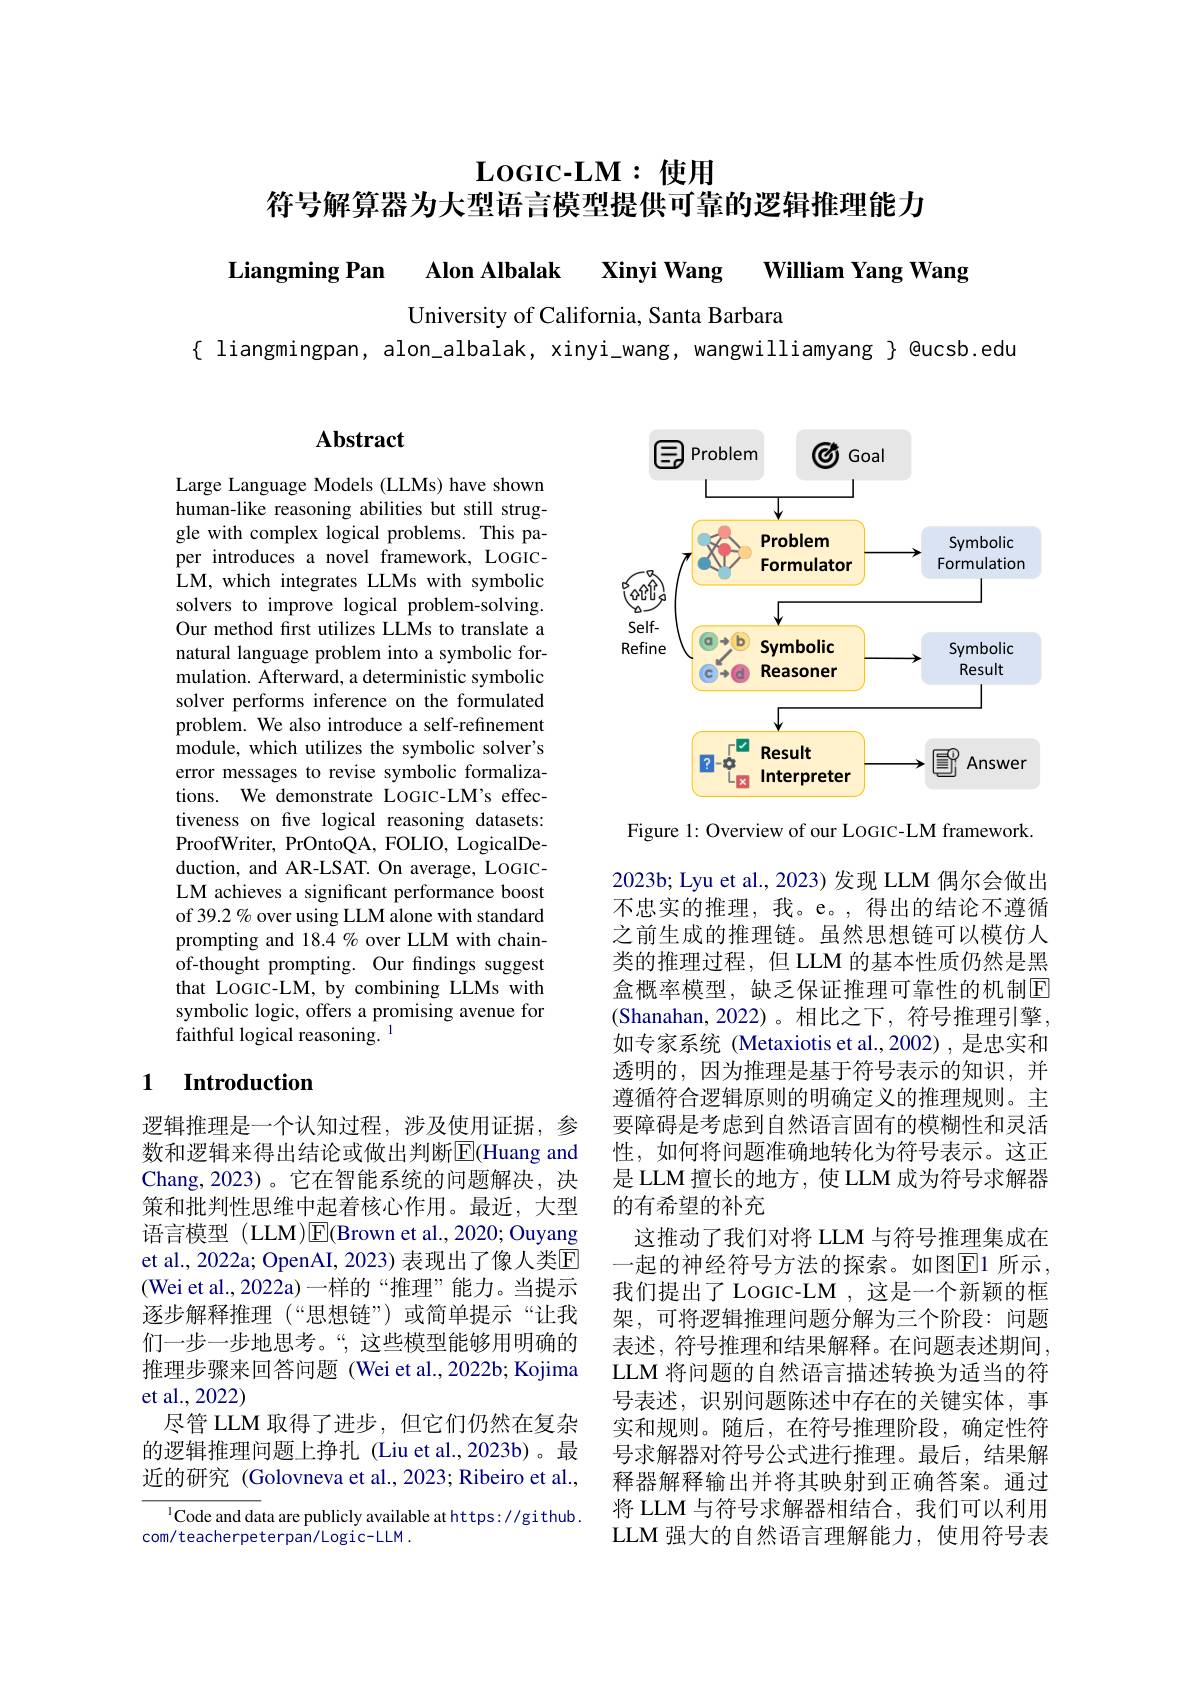
$\mathbf{Lo}_{{\mathrm{GIC-LM:~使用}}}$

符号解算器为大型语言模型提供可靠的逻辑推理能力

Liangming Pan Alon Albalak Xinyi Wang William Yang Wang

University of California, Santa Barbara
{ liangmingpan, alon\_albalak, xinyi\_wang, wangwilliamyang } @ucsb.edu

## Abstract

Large Language Models (LLMs) have shown human-like reasoning abilities but still struggle with complex logical problems. This paper introduces a novel framework, LOGICLM, which integrates LLMs with symbolic solvers to improve logical problem-solving. Our method first utilizes LLMs to translate a natural language problem into a symbolic formulation. Afterward, a deterministic symbolic solver performs inference on the formulated problem. We also introduce a self-refinement module, which utilizes the symbolic solver's error messages to revise symbolic formalizations. We demonstrate LOGIC-LM's effectiveness on five logical reasoning datasets: ProofWriter, PrOntoQA, FOLIO, LogicalDeduction, and AR-LSAT. On average, LOGICLM achieves a significant performance boost of 39.2 % over using LLM alone with standard prompting and 18.4 % over LLM with chainof-thought prompting. Our findings suggest that LOGIC-LM, by combining LLMs with symbolic logic, offers a promising avenue for faithful logical reasoning. 1

## 1 $\textbf{Introduction}$

逻辑推理是一个认知过程，涉及使用证据，参数和逻辑来得出结论或做出判断$\overline{\mathrm{E}}$(Huang and Chang,2023)。它在智能系统的问题解决，决策和批判性思维中起着核心作用。最近，大型语言模型 (LLM)$\overline{\mathrm{E}}($Brown et al.,2020; Ouyang et al., 2022a; OpenAI, 2023) 表现出了像人类E (Wei et al.,2022a)一样的“推理”能力。当提示逐步解释推理 (“思想链”)或简单提示“让我们一步一步地思考。“,这些模型能够用明确的推理步骤来回答问题 (Wei et al.,2022b; Kojima et al.,2022)
尽管 LLM 取得了进步，但它们仍然在复杂的逻辑推理问题上挣扎 (Liu et al.,2023b)。最近的研究 (Golovneva et al., 2023; Ribeiro et al.,

$^{1}$Code and data are publicly available at https://github.
com/teacherpeterpan/Logic-LLM.

<FigureHere>

Figure 1: Overview of our LOGIC-LM framework. 2023b; Lyu et al., 2023) 发现 LLM 偶尔会做出不忠实的推理，我。e。,得出的结论不遵循之前生成的推理链。虽然思想链可以模仿人类的推理过程，但 LLM 的基本性质仍然是黑盒概率模型，缺乏保证推理可靠性的机制$\overline{\mathrm{E}}$ (Shanahan,2022)。相比之下，符号推理引擎， 如专家系统 (Metaxiotis et al.,2002),是忠实和透明的，因为推理是基于符号表示的知识，并遵循符合逻辑原则的明确定义的推理规则。主要障碍是考虑到自然语言固有的模糊性和灵活性，如何将问题准确地转化为符号表示。这正是 LLM 擅长的地方，使 LLM 成为符号求解器的有希望的补充
这推动了我们对将 LLM 与符号推理集成在一起的神经符号方法的探索。如图$\boxed{\mathrm{E}}1$ 所示， 我们提出了 LoGIC-LM , 这是一个新颖的框架，可将逻辑推理问题分解为三个阶段：问题表述，符号推理和结果解释。在问题表述期间， LLM 将问题的自然语言描述转换为适当的符号表述，识别问题陈述中存在的关键实体，事实和规则。随后，在符号推理阶段，确定性符号求解器对符号公式进行推理。最后，结果解释器解释输出并将其映射到正确答案。通过将 LLM 与符号求解器相结合，我们可以利用LLM 强大的自然语言理解能力，使用符号表